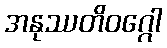
အနုဿတိဝဂ္ဂေါ